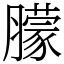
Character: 䑃